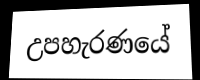
උපහැරණයේ